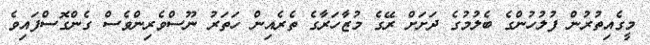
މީގެއިތުރުން ފުލުހުންގެ ބެލުމުގެ ދަށަށް ރޭގެ މުޒާހަރާގެ ތެރެއިން ހަތަރު ނޫސްވެރިންވެސް ގެންގޮސްފައިވެ